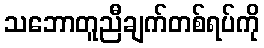
သဘောတူညီချက်တစ်ရပ်ကို